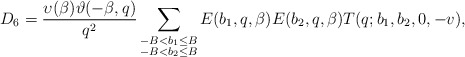
\begin{align*}D_6=\frac{\upsilon(\beta)\vartheta(-\beta,q)}{q^2}\sum_{\substack{-B<b_1\le B\\ -B<b_2\le B }} E(b_1,q,\beta)E(b_2,q,\beta)T(q;b_1,b_2,0,-v),\end{align*}